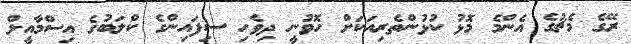
ރޭގެ މެޗުގެ އެންމެ މޮޅު ކުޅުންތެރިއަކަށް ހޮވުނީ ދިވެހި ސިފައިންގެ ކްލަބުގެ އިސްމާއީލް